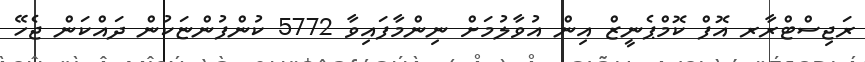
ރަޖިސްޓްރާރ އޮފް ކޮމްޕެނީޒް އިން އުވާލުމަށް ނިންމާފައިވާ 5772 ކުންފުންޏަކުން ދައްކަން ޖެހޭ